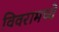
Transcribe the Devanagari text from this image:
विवरामध्ये